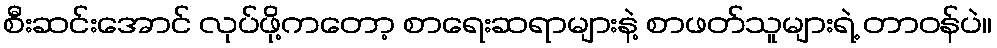
စီးဆင်းအောင် လုပ်ဖို့ကတော့ စာရေးဆရာများနဲ့ စာဖတ်သူများရဲ့ တာဝန်ပဲ။